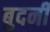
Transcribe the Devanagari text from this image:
बुदनी